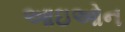
આઇઓન